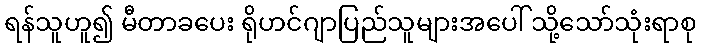
ရန်သူဟူ၍ မီတာခပေး ရိုဟင်ဂျာပြည်သူများအပေါ် သို့သော်သုံးရာစု